Report on the working of the Ranchi Indian Mental Hospital, Kanke, in Bihar and Orissa - 1930-1940
Year: 1930
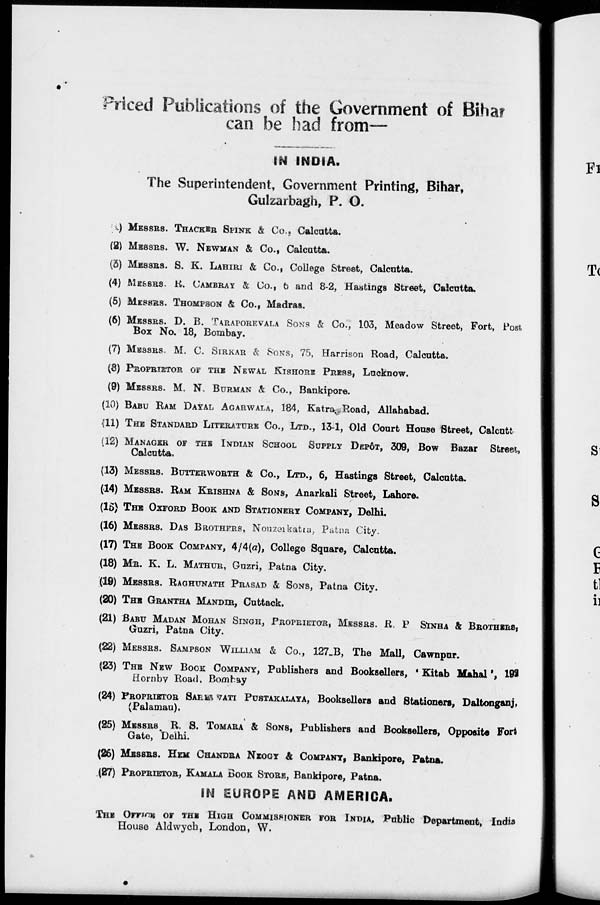
Priced Publications of the Government of Bihar
can be had from—
IN INDIA.
The Superintendent, Government Printing, Bihar,
Gulzarbagh, P. O.
(1) MESSRS. THACKER SPINK & Co.. Calcutta.
(2) MESSRS. W. NEWMAN & Co., Calcutta.
(3) MESSRS. S. K. LAHIRI & Co., College Street, Calcutta.
(4) MESSRS. K. CAMBRAY & Co., 6 and 8-2, Hastings Street, Calcutta.
(5) MESSRS. THOMPSON & Co., Madras.
(6) MESSRS. D. B. TARAPOREVALA SONS & Co., 103, Meadow Street, Fort, Post
Box No. 18, Bombay.
(7) MESSRS. M. C. SIRKAR & SONS, 75, Harrison Road, Calcutta.
(8) PROPRIETOR OF THE NEWAL KISHORE PRESS, Lucknow.
(9) MESSRS. M. N. BURMAN & Co., Bankipore.
(10) BABU RAM DAYAL AGRAWALA, 184, Katra Road, Allahabad.
(11) THE STANDARD LITERATURE CO., LTD., 13-1, Old Court House Street, Calcutta
(12) MANAGER OF THE INDIAN SCHOOL SUPPLY DEPÔT, 309, Bow Bazar Street,
Calcutta.
(13) MESSRS. BUTTERWORTH & Co., LTD., 6, Hastings Street, Calcutta.
(14) MESSRS. RAM KRISHNA & SONS, Anarkali Street, Lahore.
(15) THE OXFORD BOOK AND STATIONERY COMPANY, Delhi.
(16) MESSRS. DAS BROTHERS, Nouzerkatra, Patna City.
(17) THE BOOK COMPANY, 4/4(a), College Square, Calcutta.
(18) MR. K. L. MATHUR, Guzri, Patna City.
(19) MESSRS. RAGHUNATH PRASAD & SONS, Patna City.
(20) THE GRANTHA MANDIR, Cuttack.
(21) BABU MADAN MOHAN SINGH, PROPRIETOR, MESSRS. R. P.SINHA & BROTHERS.
Guzri, Patna City.
(22) MESSRS. SAMPSON WILLIAM & Co., 127_B, The Mall, Cawnpur.
(23) THE NEW BOOK COMPANY, Publishers and Booksellers, ' Kitab Mahal', 192
Hornby Road, Bombay
(24) PROPRIETOR SARASVATI PUSTAKALAYA, Booksellers and Stationers, Daltonganj,
(Palamau).
(25) MESSRS. R. S. TOMARA & SONS, Publishers and Booksellers, Opposite Fort
Gate, Delhi.
(26) MESSRS. HEM CHANDRA NEOCY & COMPANY, Bankipore, Patna.
(27) PROPRIETOR, KAMALA BOOK STORE, Bankipore, Patna.
IN EUROPE AND AMERICA.
THE OFFICE OF THE HIGH COMMISSIONER FOR INDIA, Public Department, India
House Aldwych, London, W.